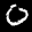
Label: 0